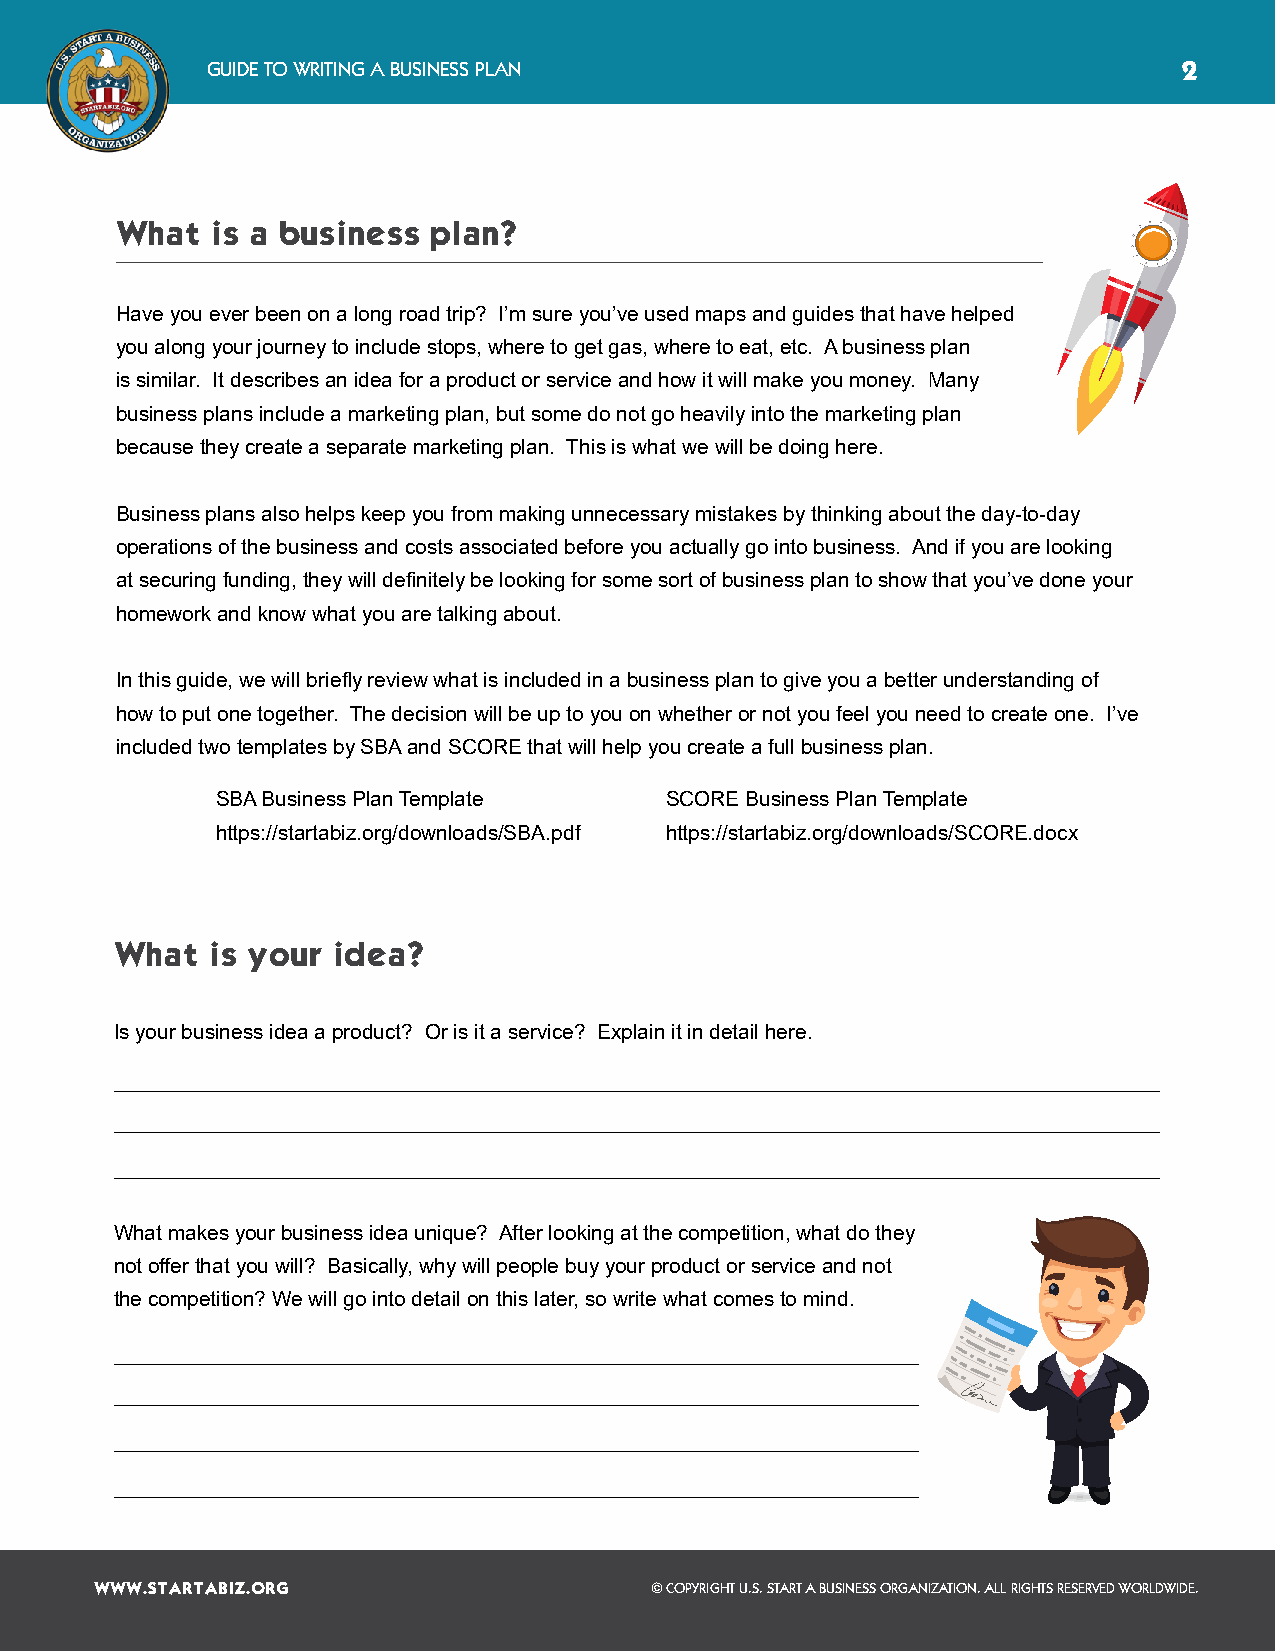
GUIDE TO WRITING A BUSINESS PLAN                                2
 What  is a business plan?
 Have you ever been on a long road trip? I’m sure you’ve used maps and guides that have helped
 you along your journey to include stops, where to get gas, where to eat, etc. A business plan
 is similar. It describes an idea for a product or service and how it will make you money. Many
 business plans include a marketing plan, but some do not go heavily into the marketing plan
 because they create a separate marketing plan. This is what we will be doing here.
 Business plans also helps keep you from making unnecessary mistakes by thinking about the day-to-day
 operations of the business and costs associated before you actually go into business. And if you are looking
 at securing funding, they will definitely be looking for some sort of business plan to show that you’ve done your
 homework and know what you are talking about.
 In this guide, we will briefly review what is included in a business plan to give you a better understanding of
 how to put one together. The decision will be up to you on whether or not you feel you need to create one. I’ve
 included two templates by SBA and SCORE that will help you create a full business plan.
 SBA Business Plan Template    SCORE Business Plan Template
 https://startabiz.org/downloads/SBA.pdf https://startabiz.org/downloads/SCORE.docx
 What  is your idea?
 Is your business idea a product? Or is it a service? Explain it in detail here.
 What makes your business idea unique? After looking at the competition, what do they
 not offer that you will? Basically, why will people buy your product or service and not
 the competition? We will go into detail on this later, so write what comes to mind.
 WWW.STARTABIZ.ORG                    © COPYRIGHT U.S. START A BUSINESS ORGANIZATION. ALL RIGHTS RESERVED WORLDWIDE.